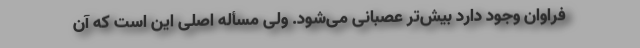
فراوان وجود دارد بیش‌تر عصبانی می‌شود. ولی مسأله اصلی این است که آن